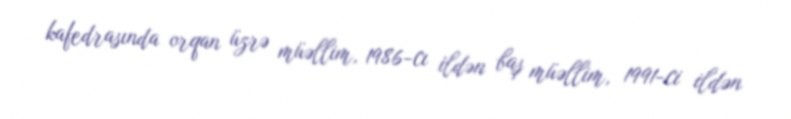
kafedrasında orqan üzrə müəllim, 1986-cı ildən baş müəllim, 1991-ci ildən